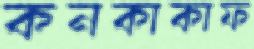
কনকাকাফ